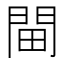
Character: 𨳸